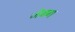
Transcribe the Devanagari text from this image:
जेबग